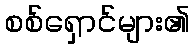
စစ်ရှောင်များ၏